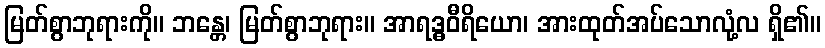
မြတ်စွာဘုရားကို။ ဘန္တေ၊ မြတ်စွာဘုရား။ အာရဒ္ဓဝီရိယော၊ အားထုတ်အပ်သောလုံ့လ ရှိ၏။